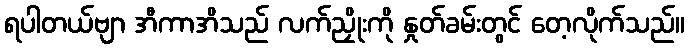
ရပါတယ်ဗျာ အီကာအိသည် လက်ညှိုးကို နှုတ်ခမ်းတွင် တေ့လိုက်သည်။